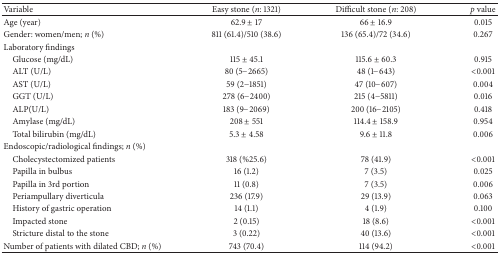
<table><thead><tr><td><b>Variable</b></td><td><b>Easy stone (<i>n</i>: 1321)</b></td><td><b>Difficult stone (<i>n</i>: 208)</b></td><td><b><i>p</i> value</b></td></tr></thead><tbody><tr><td>Age (year)</td><td>62.9 ± 17</td><td>66 ± 16.9</td><td>0.015</td></tr><tr><td>Gender: women/men; <i>n</i> (%)</td><td>811 (61.4)/510 (38.6)</td><td>136 (65.4)/72 (34.6)</td><td>0.267</td></tr><tr><td>Laboratory findings</td><td> </td><td> </td><td> </td></tr><tr><td> Glucose (mg/dL)</td><td>115 ± 45.1</td><td>115.6 ± 60.3</td><td>0.915</td></tr><tr><td> ALT (U/L)</td><td>80 (5−2665)</td><td>48 (1−643)</td><td>&lt;0.001</td></tr><tr><td> AST (U/L)</td><td>59 (2−1851)</td><td>47 (10−607)</td><td>0.004</td></tr><tr><td> GGT (U/L)</td><td>278 (6−2400)</td><td>215 (4−5811)</td><td>0.016</td></tr><tr><td> ALP(U/L)</td><td>183 (9−2069)</td><td>200 (16−2105)</td><td>0.418</td></tr><tr><td> Amylase (mg/dL)</td><td>208 ± 551</td><td>114.4 ± 158.9</td><td>0.954</td></tr><tr><td> Total bilirubin (mg/dL)</td><td>5.3 ± 4.58</td><td>9.6 ± 11.8</td><td>0.006</td></tr><tr><td>Endoscopic/radiological findings; <i>n</i> (%)</td><td> </td><td> </td><td> </td></tr><tr><td> Cholecystectomized patients</td><td>318 (%25.6)</td><td>78 (41.9)</td><td>&lt;0.001</td></tr><tr><td> Papilla in bulbus</td><td>16 (1.2)</td><td>7 (3.5)</td><td>0.025</td></tr><tr><td> Papilla in 3rd portion</td><td>11 (0.8)</td><td>7 (3.5)</td><td>0.006</td></tr><tr><td> Periampullary diverticula</td><td>236 (17.9)</td><td>29 (13.9)</td><td>0.063</td></tr><tr><td> History of gastric operation</td><td>14 (1.1)</td><td>4 (1.9)</td><td>0.100</td></tr><tr><td> Impacted stone</td><td>2 (0.15)</td><td>18 (8.6)</td><td>&lt;0.001</td></tr><tr><td> Stricture distal to the stone</td><td>3 (0.22)</td><td>40 (13.6)</td><td>&lt;0.001</td></tr><tr><td>Number of patients with dilated CBD; <i>n</i> (%)</td><td>743 (70.4)</td><td>114 (94.2)</td><td>&lt;0.001</td></tr></tbody></table>